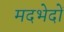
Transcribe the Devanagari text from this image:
मदभेदों